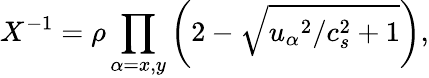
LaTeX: X^{-1}=\rho\prod_{\alpha=x,y}\left(2-\sqrt{{u_{\alpha}}^{2}/c_{s}^{2}+1}\right),